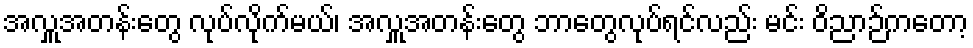
အလှူအတန်းတွေ လုပ်လိုက်မယ်၊ အလှူအတန်းတွေ ဘာတွေလုပ်ရင်လည်း မင်း ဝိညာဉ်ကတော့